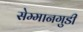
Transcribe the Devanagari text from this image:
सेम्मानगुडी